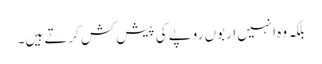
بلکہ وہ انہیں اربوں روپے کی پیش کش کرتے ہیں۔